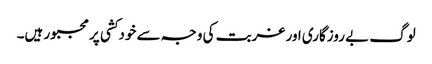
لوگ بے روزگاری اور غربت کی وجہ سے خودکشی پر مجبور ہیں۔